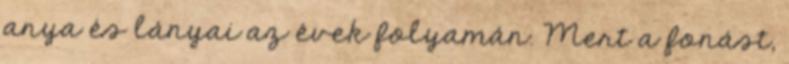
anya és lányai az évek folyamán. Mert a fonást,